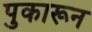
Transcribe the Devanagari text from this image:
पुकारून